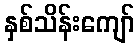
နှစ်သိန်းကျော်